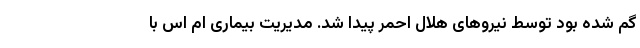
گم شده بود توسط نیروهای هلال احمر پیدا شد. مدیریت بیماری ام اس با